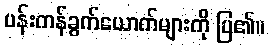
ပန်းကန်ခွက်ယောက်များကို ပြ၏။